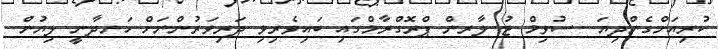
ކުރިއަށްގެންދިޔަ  ސުވިމް ޓު ލާރން ޕްރޮގްރާމްގައި ބައިވެރިވި ދަރިވަރުންނަށް ހަނދާނީ ލިޔުން